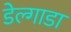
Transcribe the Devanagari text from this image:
डेल्गाडा